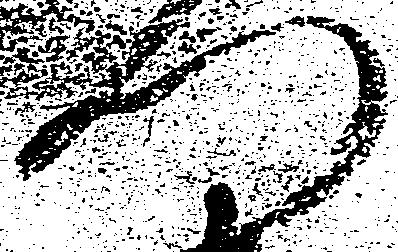
門